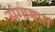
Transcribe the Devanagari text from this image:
संगामात